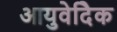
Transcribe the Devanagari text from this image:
आयुवेदिेक